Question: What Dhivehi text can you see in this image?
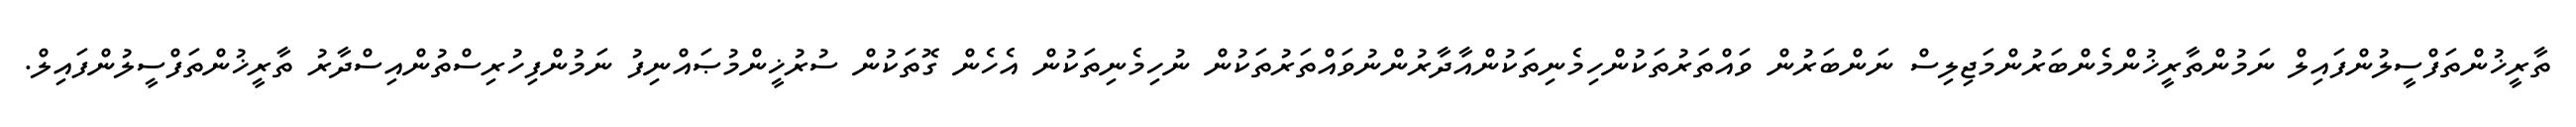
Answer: ތާރީޚުންތަފްސީލުންފައިލް ނަމުންތާރީޚުންމެންބަރުންމަޖިލިސް ނަންބަރުން ވައްތަރުތަކުންހިމެނިތަކުންއާދާރުންނުވައްތަރުތަކުން ނުހިމެނިތަކުން އެހެން ގޮތަކުން ސުރުޚީންމުޞައްނިފު ނަމުންފިހުރިސްތުންއިސްދާރު ތާރީޚުންތަފްސީލުންފައިލް.